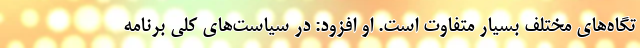
تگاه‌های مختلف بسیار متفاوت است. او افزود: در سیاست‌های کلی برنامه